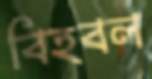
বিহবল